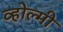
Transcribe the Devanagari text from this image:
व्होल्मी